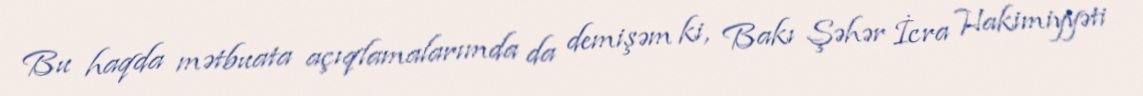
Bu haqda mətbuata açıqlamalarımda da demişəm ki, Bakı Şəhər İcra Hakimiyyəti